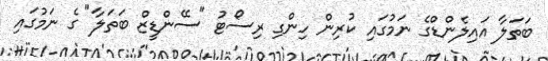
ބަތަލާ އައިލެންޑްގެ ނަމުގައި ކުރިން ހިންގި ރިސޯޓު "ސޭންޑީޒް ބަތަލާ" ގެ ނަމުގައި